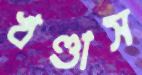
খণ্ডাস